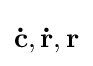
\mathbf {\dot {c}} ,\mathbf {\dot {r}} ,\mathbf {r}